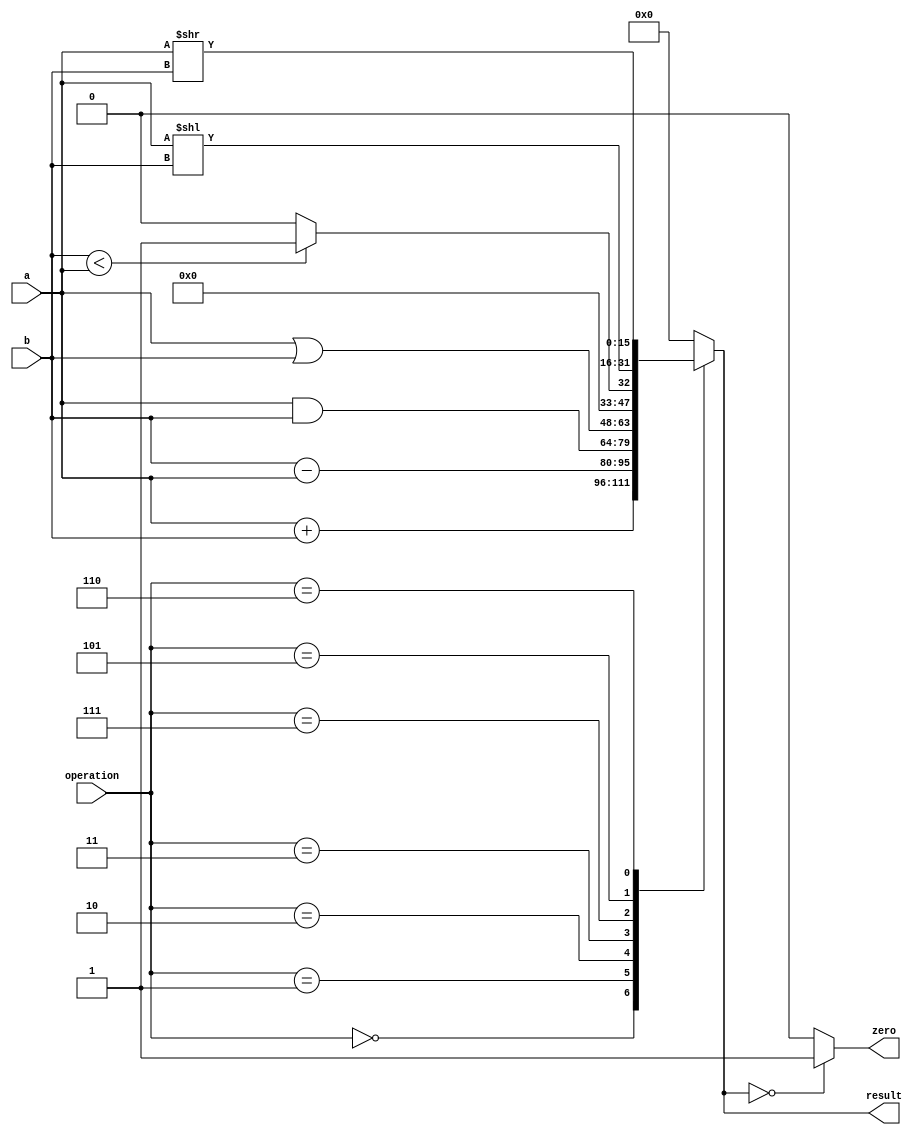
`timescale 1ns / 1ps

module ALU
 (    
      input [2:0] operation,     // ALU operation  
      input signed [15:0] a,     // src1  
      input signed [15:0] b,     // src2   
      output reg[15:0] result,   // ALU result       
      output zero  
 );  
	 reg multiplier_sign, multiplicand_sign;
	 reg signed [7:0] multiplier, multiplicand, product_upper, product_lower;
	 reg signed [15:0] multiplier_temp, multiplicand_temp, product;
	 integer i; 
	 
	 always @(operation, a, b)  
	 case(operation)   
		 3'b000: result = a + b; // add  
		 3'b001: result = b - a; // sub  
		 3'b010: result = a & b; // and  
		 3'b011: result = a | b; // or  
		 3'b111: begin 
						if (b<a) result = 16'd1;  // slt
						else result = 16'd0;  
					end 
		 3'b101: result = a << b; // sll
		 3'b110: result = a >> b; // srl	
		 
		 default: result = 16'b0;
	 endcase  
	 
	 assign zero = (result==16'd0) ? 1'b1: 1'b0;  
 endmodule